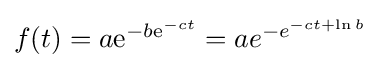
{\textstyle f(t)=a\mathrm {e} ^{-b\mathrm {e} ^{-ct}}=ae^{-e^{-ct+\ln b}}}